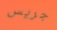
جريس